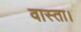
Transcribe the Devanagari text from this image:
वास्ता।